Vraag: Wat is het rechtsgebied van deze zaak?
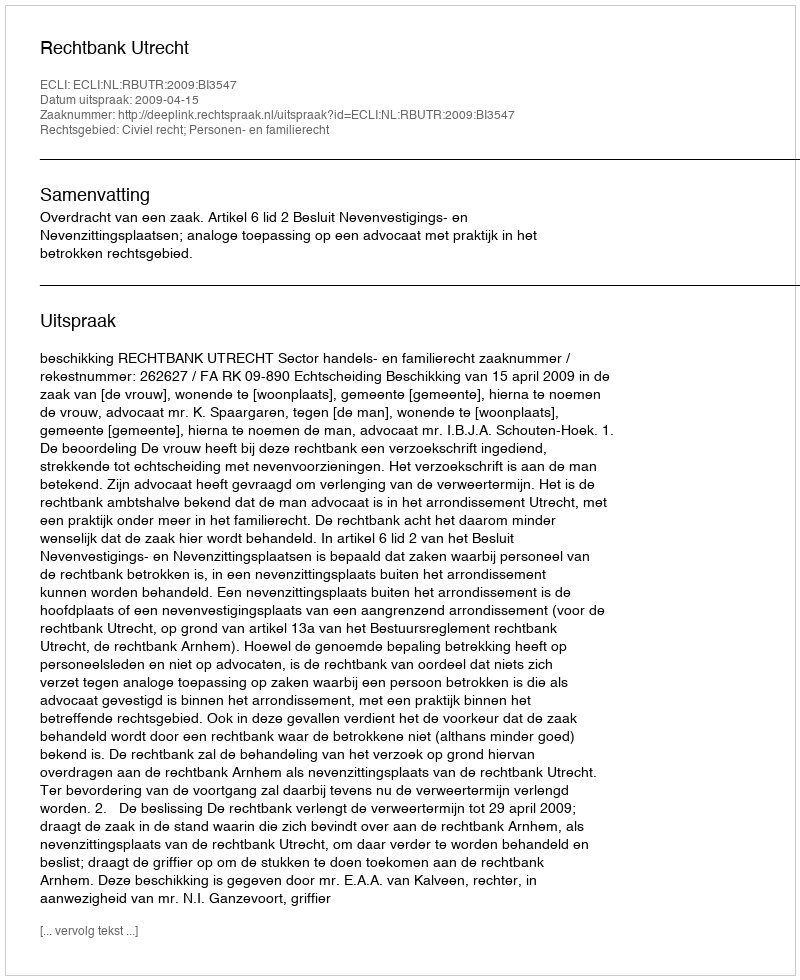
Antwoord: Civiel recht; Personen- en familierecht